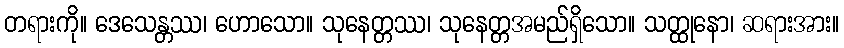
တရားကို။ ဒေသေန္တဿ၊ ဟောသော။ သုနေတ္တဿ၊ သုနေတ္တအမည်ရှိသော။ သတ္ထုနော၊ ဆရားအား။